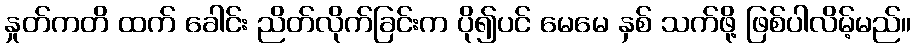
နှုတ်ကတိ ထက် ခေါင်း ညိတ်လိုက်ခြင်းက ပို၍ပင် မေမေ နှစ် သက်ဖို့ ဖြစ်ပါလိမ့်မည်။